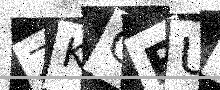
Text: ZKGBUC